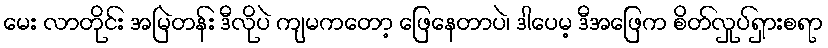
မေး လာတိုင်း အမြဲတန်း ဒီလိုပဲ ကျမကတော့ ဖြေနေတာပဲ၊ ဒါပေမ့ ဒီအဖြေက စိတ်လှုပ်ရှားစရာ